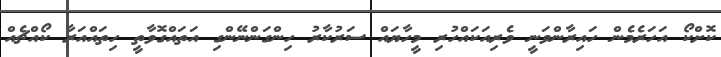
ކޮށްކޯ އަހަރެމެން ހައިރާންވަނީ ވެރިއަކައްހުރި މީހާޔައް ސަރުކާރު ހިންގަންނޭންގި އަތައްގޮވާތީ ހިތައްއަރާ ކޯއްޗެއް